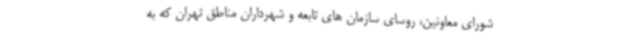
شورای معاونین، روسای سازمان های تابعه و شهرداران مناطق تهران که به